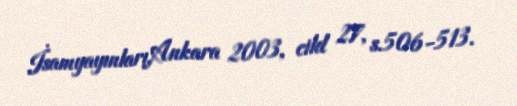
İsamyayınları,Ankara 2003, cild 27, s.506-513.